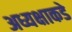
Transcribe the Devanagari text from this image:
अध्यक्षाकडे